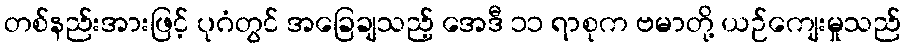
တစ်နည်းအားဖြင့် ပုဂံတွင် အခြေချသည့် အေဒီ ၁၁ ရာစုက ဗမာတို့ ယဉ်ကျေးမှုသည်